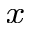
_ x